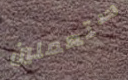
ستعملين